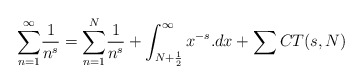
\begin{align*}\underset{n=1}{\overset{\infty }{\sum }}\frac{1}{n^s}=\underset{n=1}{\overset{N}{\sum }}\frac{1}{n^s}+\int _{N+\frac{1}{2}}^{\infty }x^{-s}.dx+\sum CT(s,N)\end{align*}